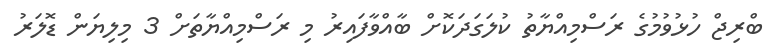
ބްރިޖް ހުޅުވުމުގެ ރަސްމިއްޔާތު ކުލަގަދަކޮށް ބާއްވާފައިރު މި ރަސްމިއްޔާތަށް 3 މިލިޔަން ޑޮލަރު